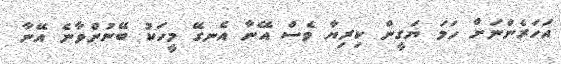
އަހަރެންނަށް ހަމަ ޔަގީން ކިރިޔާ ވެސް އޭނާ އެނގޭ މީހަކު ބޭނުންވާނެ އޭނާ